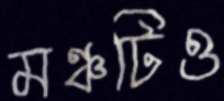
মঞ্চটিও